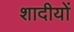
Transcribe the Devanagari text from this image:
शादीयों